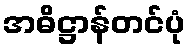
အဓိဋ္ဌာန်တင်ပုံ